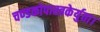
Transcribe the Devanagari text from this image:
चण्डकोपास्त्रकेर्युता।